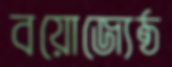
বয়োজ্যেষ্ঠ